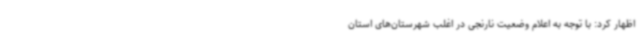
اظهار کرد: با توجه به اعلام وضعیت نارنجی در اغلب شهرستان‌های استان